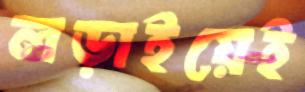
লড়াইয়েই